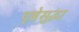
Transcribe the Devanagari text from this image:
पृष्ठेसुद्धा